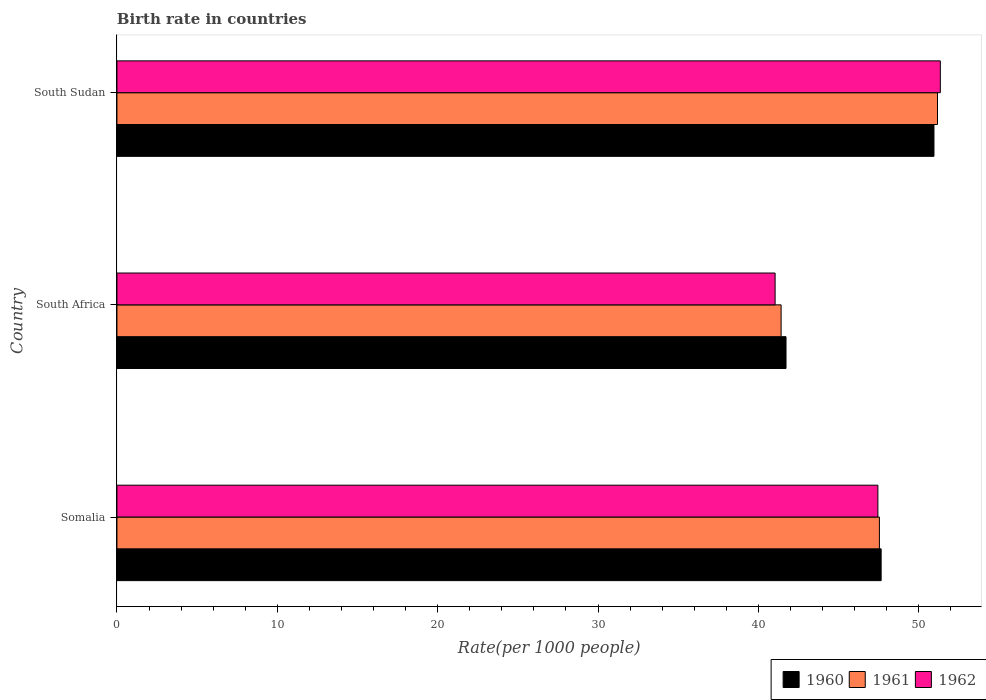
| Country | 1960 | 1961 | 1962 |
 | --- | --- | --- | --- |
 | Somalia | 47.7 | 47.5 | 47.4 |
 | South Africa | 41.7 | 41.4 | 41 |
 | South Sudan | 50.9 | 51.2 | 51.3 |